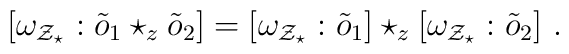
[ \omega_{{\cal Z}_\star}:   \tilde{o}_1 \star_z \tilde{o}_2] = [\omega_{{\cal Z}_\star}:\tilde{o}_1] \star_z [\omega_{{\cal Z}_\star}:\tilde{o}_2]~.